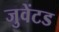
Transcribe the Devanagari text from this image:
जुवेंटड